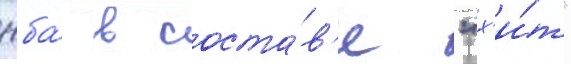
нба́ в соста́в'е "х'и́т"